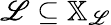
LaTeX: \mathscr{L}\subseteq\mathbb{X}_{\mathcal{{\mathscr{L}}}}